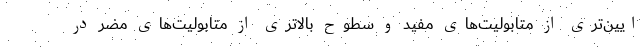
ایین‌تری از متابولیت‌های مفید و سطوح بالاتری از متابولیت‌های مضر در